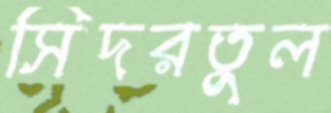
সিদরতুল